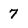
Character: 7